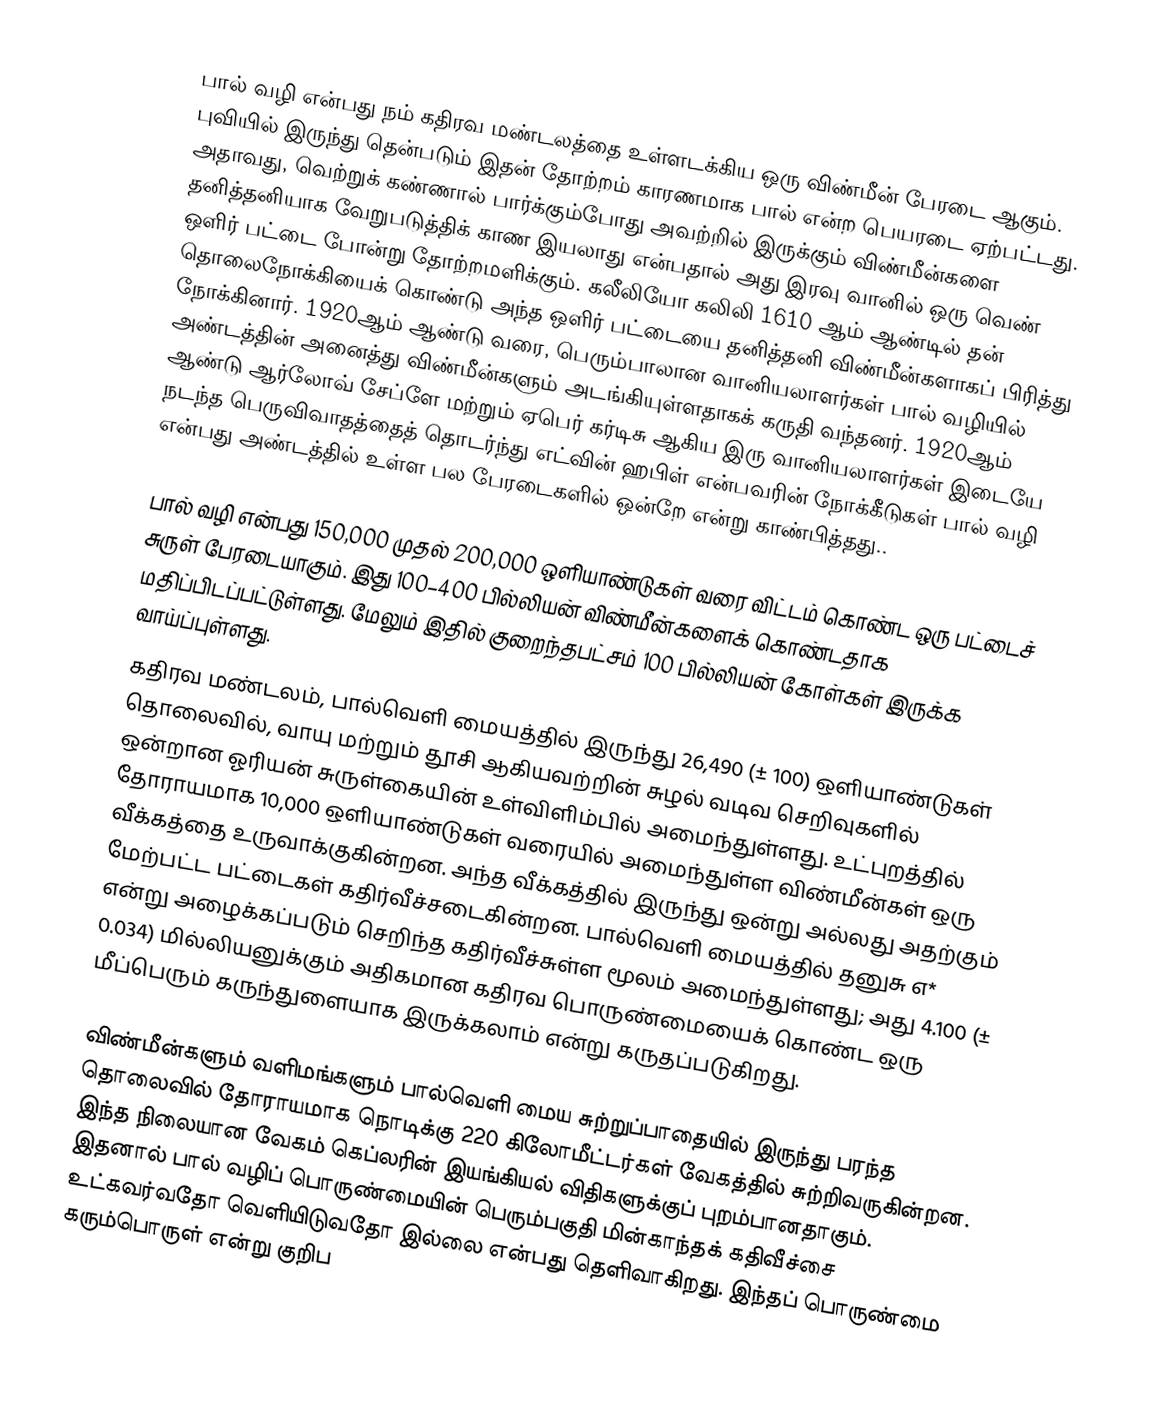
பால் வழி என்பது நம் கதிரவ மண்டலத்தை உள்ளடக்கிய ஒரு விண்மீன் பேரடை ஆகும். புவியில் இருந்து தென்படும் இதன் தோற்றம் காரணமாக பால் என்ற பெயரடை ஏற்பட்டது. அதாவது, வெற்றுக் கண்ணால் பார்க்கும்போது அவற்றில் இருக்கும் விண்மீன்களை தனித்தனியாக வேறுபடுத்திக் காண இயலாது என்பதால் அது இரவு வானில் ஒரு வெண் ஒளிர் பட்டை போன்று தோற்றமளிக்கும்.  கலீலியோ கலிலி 1610 ஆம் ஆண்டில் தன் தொலைநோக்கியைக் கொண்டு அந்த ஒளிர் பட்டையை தனித்தனி விண்மீன்களாகப் பிரித்து நோக்கினார். 1920ஆம் ஆண்டு வரை, பெரும்பாலான வானியலாளர்கள் பால் வழியில் அண்டத்தின் அனைத்து விண்மீன்களும் அடங்கியுள்ளதாகக் கருதி வந்தனர். 1920ஆம் ஆண்டு ஆர்லோவ் சேப்ளே மற்றும் ஏபெர் கர்டிசு ஆகிய இரு வானியலாளர்கள் இடையே நடந்த பெருவிவாதத்தைத் தொடர்ந்து எட்வின் ஹபிள் என்பவரின் நோக்கீடுகள் பால் வழி என்பது அண்டத்தில் உள்ள பல பேரடைகளில் ஒன்றே என்று காண்பித்தது..

பால் வழி என்பது 150,000 முதல் 200,000  ஒளியாண்டுகள் வரை விட்டம் கொண்ட ஒரு பட்டைச் சுருள் பேரடையாகும். இது 100–400 பில்லியன் விண்மீன்களைக் கொண்டதாக மதிப்பிடப்பட்டுள்ளது.  மேலும் இதில் குறைந்தபட்சம் 100 பில்லியன் கோள்கள் இருக்க வாய்ப்புள்ளது.
கதிரவ மண்டலம், பால்வெளி மையத்தில் இருந்து  26,490 (± 100) ஒளியாண்டுகள் தொலைவில், வாயு மற்றும் தூசி ஆகியவற்றின் சுழல் வடிவ செறிவுகளில் ஒன்றான ஓரியன் சுருள்கையின் உள்விளிம்பில் அமைந்துள்ளது. உட்புறத்தில் தோராயமாக 10,000 ஒளியாண்டுகள் வரையில் அமைந்துள்ள விண்மீன்கள் ஒரு வீக்கத்தை உருவாக்குகின்றன. அந்த வீக்கத்தில் இருந்து ஒன்று அல்லது அதற்கும் மேற்பட்ட பட்டைகள் கதிர்வீச்சடைகின்றன. பால்வெளி மையத்தில் தனுசு எ* என்று அழைக்கப்படும் செறிந்த கதிர்வீச்சுள்ள மூலம் அமைந்துள்ளது; அது 4.100 (± 0.034) மில்லியனுக்கும் அதிகமான கதிரவ பொருண்மையைக் கொண்ட ஒரு மீப்பெரும் கருந்துளையாக இருக்கலாம் என்று கருதப்படுகிறது.

விண்மீன்களும் வளிமங்களும் பால்வெளி மைய சுற்றுப்பாதையில் இருந்து பரந்த தொலைவில் தோராயமாக நொடிக்கு 220 கிலோமீட்டர்கள் வேகத்தில் சுற்றிவருகின்றன. இந்த நிலையான வேகம் கெப்லரின் இயங்கியல் விதிகளுக்குப் புறம்பானதாகும்.  இதனால் பால் வழிப் பொருண்மையின் பெரும்பகுதி மின்காந்தக் கதிவீச்சை உட்கவர்வதோ வெளியிடுவதோ இல்லை என்பது தெளிவாகிறது. இந்தப் பொருண்மை கரும்பொருள் என்று குறிப